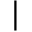
\vert